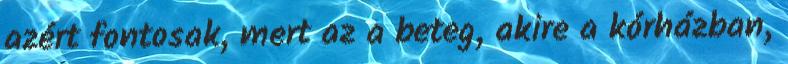
azért fontosak, mert az a beteg, akire a kórházban,